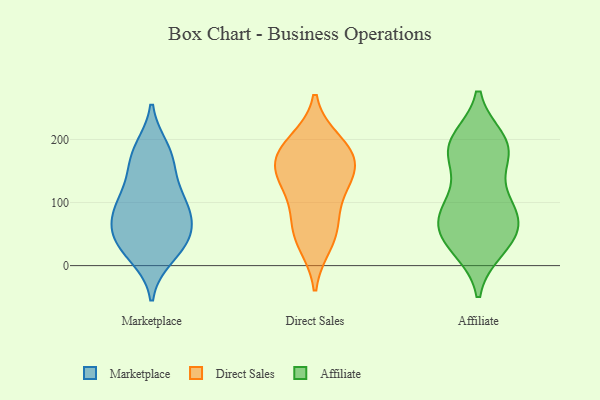
{"axis": {"x": "Page Views", "y": "Value"}, "legend": ["Affiliate", "Direct Sales", "Marketplace"], "data": [{"x": "", "y": 83, "type": "Marketplace"}, {"x": "", "y": 33, "type": "Marketplace"}, {"x": "", "y": 16, "type": "Marketplace"}, {"x": "", "y": 86, "type": "Marketplace"}, {"x": "", "y": 162, "type": "Marketplace"}, {"x": "", "y": 88, "type": "Marketplace"}, {"x": "", "y": 50, "type": "Marketplace"}, {"x": "", "y": 102, "type": "Marketplace"}, {"x": "", "y": 35, "type": "Marketplace"}, {"x": "", "y": 184, "type": "Marketplace"}, {"x": "", "y": 48, "type": "Marketplace"}, {"x": "", "y": 175, "type": "Marketplace"}, {"x": "", "y": 125, "type": "Marketplace"}, {"x": "", "y": 71, "type": "Direct Sales"}, {"x": "", "y": 169, "type": "Direct Sales"}, {"x": "", "y": 121, "type": "Direct Sales"}, {"x": "", "y": 195, "type": "Direct Sales"}, {"x": "", "y": 180, "type": "Direct Sales"}, {"x": "", "y": 141, "type": "Direct Sales"}, {"x": "", "y": 176, "type": "Direct Sales"}, {"x": "", "y": 137, "type": "Direct Sales"}, {"x": "", "y": 36, "type": "Direct Sales"}, {"x": "", "y": 54, "type": "Direct Sales"}, {"x": "", "y": 28, "type": "Affiliate"}, {"x": "", "y": 198, "type": "Affiliate"}, {"x": "", "y": 35, "type": "Affiliate"}, {"x": "", "y": 87, "type": "Affiliate"}, {"x": "", "y": 185, "type": "Affiliate"}, {"x": "", "y": 92, "type": "Affiliate"}, {"x": "", "y": 84, "type": "Affiliate"}, {"x": "", "y": 168, "type": "Affiliate"}, {"x": "", "y": 71, "type": "Affiliate"}, {"x": "", "y": 39, "type": "Affiliate"}, {"x": "", "y": 64, "type": "Affiliate"}, {"x": "", "y": 179, "type": "Affiliate"}, {"x": "", "y": 48, "type": "Affiliate"}, {"x": "", "y": 112, "type": "Affiliate"}, {"x": "", "y": 194, "type": "Affiliate"}, {"x": "", "y": 191, "type": "Affiliate"}]}